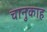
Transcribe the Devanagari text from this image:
चानुकाह